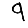
Digit: 9